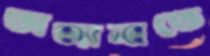
অজানাতে